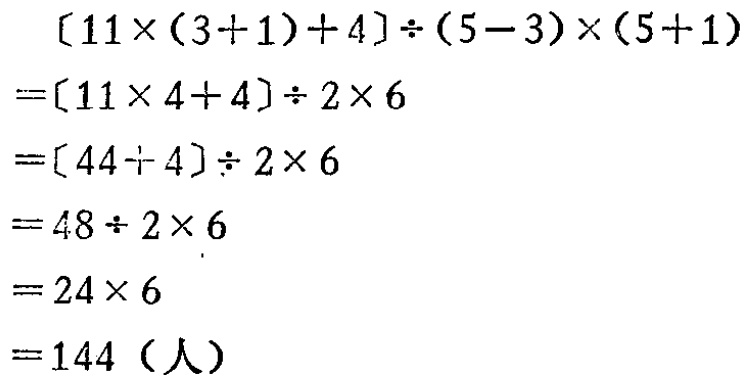
\[
\begin{align*}
&[11\times(3 + 1)+4]\div(5 - 3)\times(5 + 1)\\
=&[11\times4 + 4]\div2\times6\\
=&[44\div4]\div2\times6\\
=&48\div2\times6\\
=&24\times6\\
=&144（人）
\end{align*}
\]